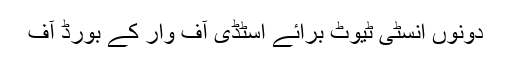
دونوں انسٹی ٹیوٹ برائے اسٹڈی آف وار کے بورڈ آف